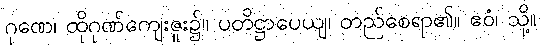
ဂုဏေ၊ ထိုဂုဏ်ကျေးဇူး၌။ ပတိဋ္ဌာပေယျ၊ တည်စေရာ၏။ ဧဝံ၊ သို့။